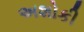
અશોકી